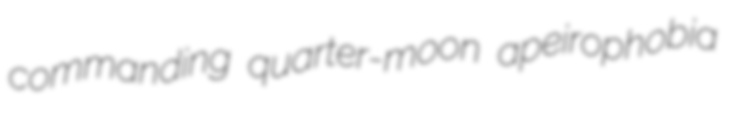
commanding quarter-moon apeirophobia